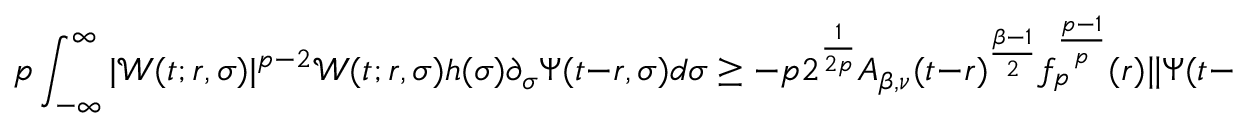
p \int _ { - \infty } ^ { \infty } | \mathcal { W } ( t ; r , \sigma ) | ^ { p - 2 } \mathcal { W } ( t ; r , \sigma ) h ( \sigma ) \partial _ { \sigma } \Psi ( t - r , \sigma ) d \sigma \geq - p 2 ^ { \frac { 1 } { 2 p } } A _ { \beta , \nu } ( t - r ) ^ { \frac { \beta - 1 } { 2 } } f _ { p } ^ { \frac { p - 1 } { p } } ( r ) \| \Psi ( t - r , \cdot ) \| _ { L ^ { p } } ,